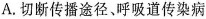
A.切断传播途径、呼吸道传染病